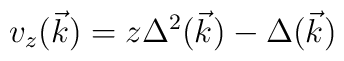
v_{z}(\vec{k}) = z \Delta^{2}(\vec{k}) - \Delta (\vec{k})